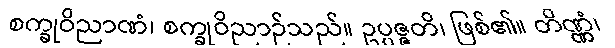
စက္ခုဝိညာဏံ၊ စက္ခုဝိညာဉ်သည်။ ဥပ္ပဇ္ဇတိ၊ ဖြစ်၏။ တိဏ္ဏံ၊